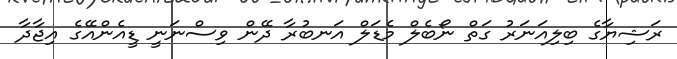
ރަޝިޔާގެ ބިލިއަނަރު ގަތް ނޯބެލް މެޑަލް އަނބުރާ ދޭން ވިސްނަނީ ޑީއެންއޭގެ އިޖާދާ